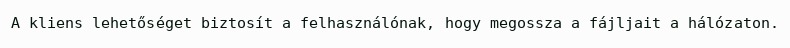
A kliens lehetőséget biztosít a felhasználónak, hogy megossza a fájljait a hálózaton.